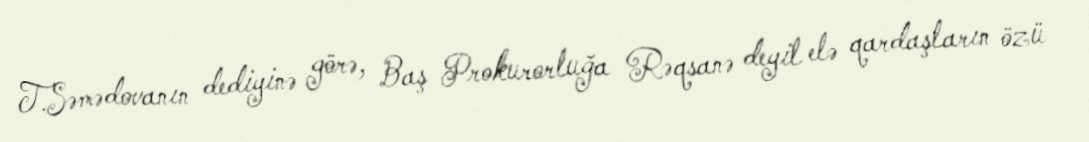
T.Səmədovanın dediyinə görə, Baş Prokurorluğa Rəqsanə deyil elə qardaşların özü